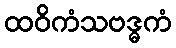
ထဝိကံသဗဒ္ဓကံ